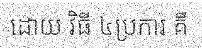
ដោយ វិធី ៤ប្រការ គឺ